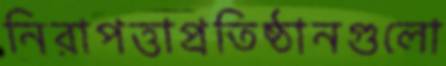
নিরাপত্তাপ্রতিষ্ঠানগুলো